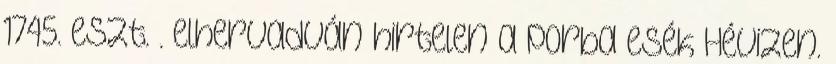
1745. eszt. . elhervadván hirtelen a porba esék Hévizen.